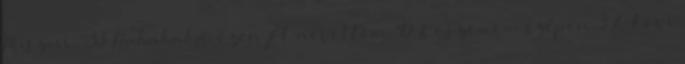
Pusziii❤❤:33 Hahahaha, ezen jót nevettem:'D Köszönöm szépen:3 A kövi